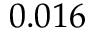
0 . 0 1 6